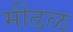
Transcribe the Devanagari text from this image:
मींढळ